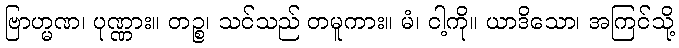
ဗြာဟ္မဏ၊ ပုဏ္ဏား။ တဉ္စ၊ သင်သည် တမူကား။ မံ၊ ငါ့ကို။ ယာဒိသော၊ အကြင်သို့